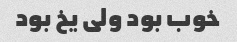
خوب بود ولی یخ بود